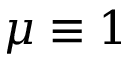
\mu \equiv 1